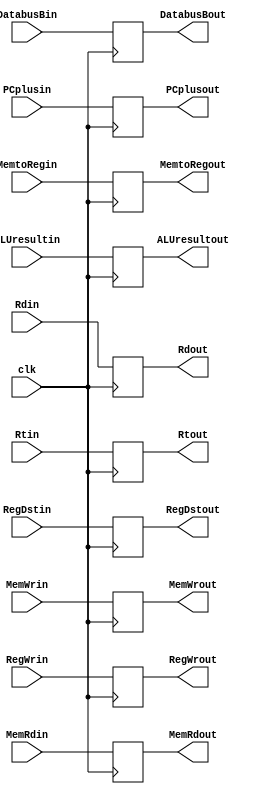
module EXMEMreg(clk,Rtin,Rdin,PCplusin,ALUresultin,DatabusBin,RegDstin,RegWrin,MemWrin,MemRdin,MemtoRegin,
Rtout,Rdout,PCplusout,ALUresultout,DatabusBout,RegDstout,RegWrout,MemWrout,MemRdout,MemtoRegout);

input clk;
input [4:0] Rtin;
input [4:0] Rdin;
input [31:0] PCplusin;
input [31:0] ALUresultin;
input [31:0] DatabusBin;
input [1:0] RegDstin;
input RegWrin;
input MemWrin;
input MemRdin;
input [1:0] MemtoRegin;
output [4:0] Rtout;
reg [4:0] Rtout;
output [4:0] Rdout;
reg [4:0] Rdout;
output [31:0] PCplusout;
reg [31:0] PCplusout;
output [31:0] ALUresultout;
reg [31:0] ALUresultout;
output [31:0] DatabusBout;
reg [31:0] DatabusBout;
output [1:0] RegDstout;
reg [1:0] RegDstout;
output RegWrout;
reg RegWrout;
output MemWrout;
reg MemWrout;
output MemRdout;
reg MemRdout;
output [1:0] MemtoRegout;
reg [1:0] MemtoRegout;

always @(posedge clk)
begin
  Rtout <= Rtin;
  Rdout <= Rdin;
  PCplusout <= PCplusin;
  ALUresultout <= ALUresultin;
  DatabusBout <= DatabusBin;
  RegDstout <= RegDstin;
  RegWrout <= RegWrin;
  MemWrout <= MemWrin;
  MemRdout <= MemRdin;
  MemtoRegout <= MemtoRegin;
end

endmodule